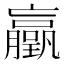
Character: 𫢃